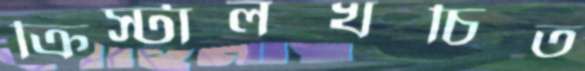
ক্রিস্টালখচিত